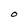
Character: O